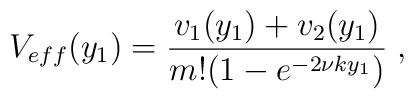
V_{eff}(y_1) = \frac{v_1(y_1) + v_2(y_1)}{m ! (1 - e^{- 2 \nu k y_1})} \; ,